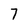
Character: 7